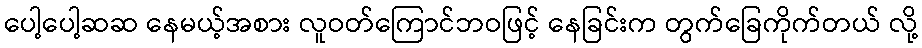
ပေါ့ပေါ့ဆဆ နေမယ့်အစား လူဝတ်ကြောင်ဘဝဖြင့် နေခြင်းက တွက်ခြေကိုက်တယ် လို့